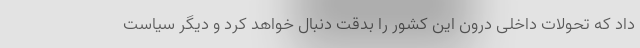
داد که تحولات داخلی درون این کشور را بدقت دنبال خواهد کرد و دیگر سیاست